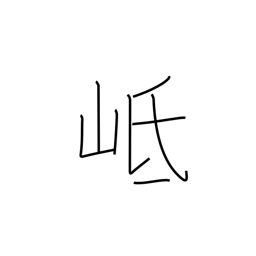
Meaning: name of a mountain